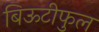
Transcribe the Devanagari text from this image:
बिऊटीफुल